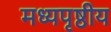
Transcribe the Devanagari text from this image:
मध्यपृष्ठीय